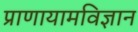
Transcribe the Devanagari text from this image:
प्राणायामविज्ञान